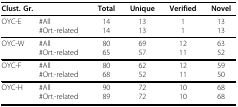
<table><thead><tr><td colspan="2"><b>Clust. Gr.</b></td><td><b>Total</b></td><td><b>Unique</b></td><td><b>Verified</b></td><td><b>Novel</b></td></tr></thead><tbody><tr><td>OYC-E</td><td>#All#Ort.-related</td><td>1414</td><td>1313</td><td>11</td><td>1313</td></tr><tr><td>OYC-W</td><td>#All#Ort.-related</td><td>8065</td><td>6957</td><td>1211</td><td>6352</td></tr><tr><td>OYC-F</td><td>#All#Ort.-related</td><td>8068</td><td>6252</td><td>1211</td><td>5950</td></tr><tr><td>OYC-H</td><td>#All#Ort.-related</td><td>9089</td><td>7272</td><td>1010</td><td>6868</td></tr></tbody></table>